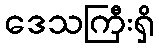
ဒေသကြီးရှိ